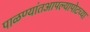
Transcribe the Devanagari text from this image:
पाळण्यांतआपल्यापोटच्या